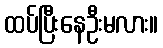
ထပ်ပြီးနေဦးမလား။